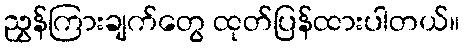
ညွှန်ကြားချက်တွေ ထုတ်ပြန်ထားပါတယ်။